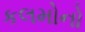
કલમોનો